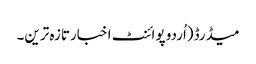
میڈرڈ(اُردو پوائنٹ اخبارتازہ ترین۔